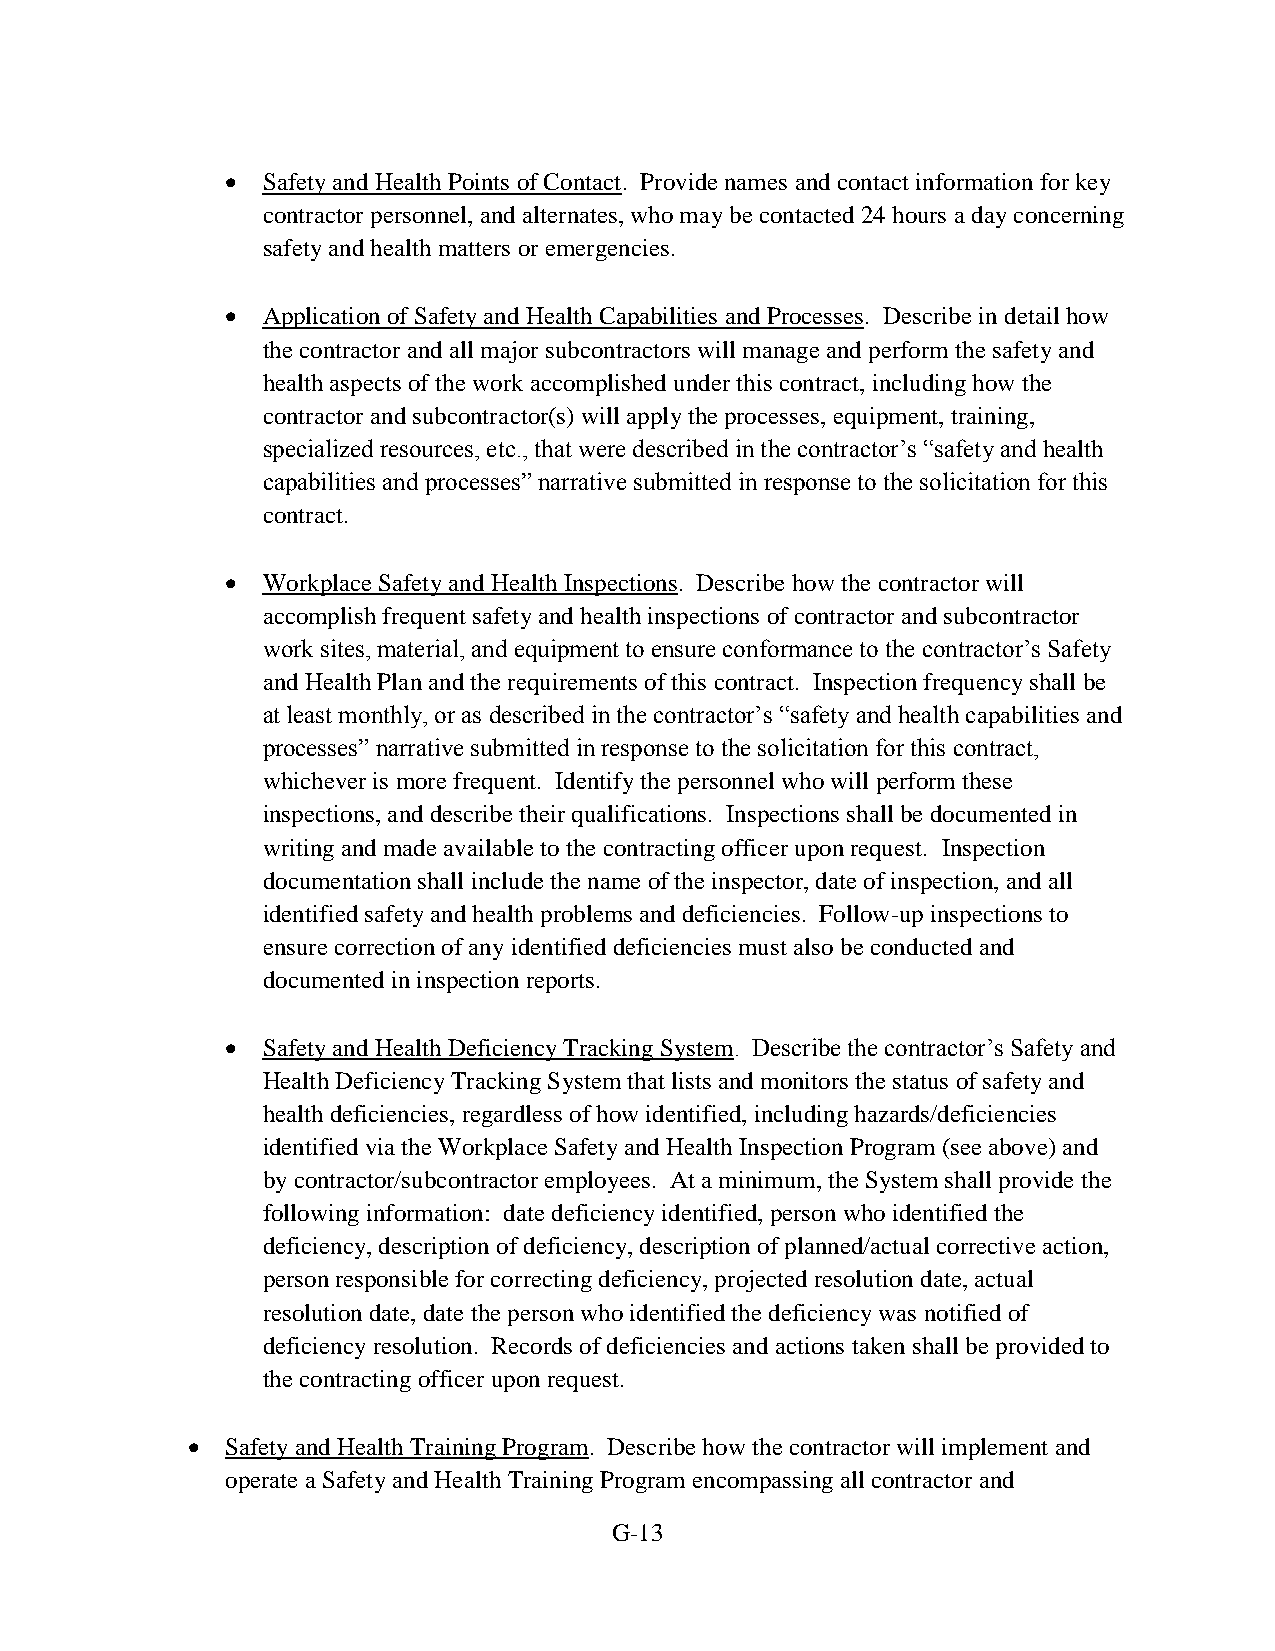
 Safety and Health Points of Contact. Provide names and contact information for key
 contractor personnel, and alternates, who may be contacted 24 hours a day concerning
 safety and health matters or emergencies.
  Application of Safety and Health Capabilities and Processes. Describe in detail how
 the contractor and all major subcontractors will manage and perform the safety and
 health aspects of the work accomplished under this contract, including how the
 contractor and subcontractor(s) will apply the processes, equipment, training,
 specialized resources, etc., that were described in the contractor’s “safety and health
 capabilities and processes” narrative submitted in response to the solicitation for this
 contract.
  Workplace Safety and Health Inspections. Describe how the contractor will
 accomplish frequent safety and health inspections of contractor and subcontractor
 work sites, material, and equipment to ensure conformance to the contractor’s Safety
 and Health Plan and the requirements of this contract. Inspection frequency shall be
 at least monthly, or as described in the contractor’s “safety and health capabilities and
 processes” narrative submitted in response to the solicitation for this contract,
 whichever is more frequent. Identify the personnel who will perform these
 inspections, and describe their qualifications. Inspections shall be documented in
 writing and made available to the contracting officer upon request. Inspection
 documentation shall include the name of the inspector, date of inspection, and all
 identified safety and health problems and deficiencies. Follow-up inspections to
 ensure correction of any identified deficiencies must also be conducted and
 documented in inspection reports.
  Safety and Health Deficiency Tracking System. Describe the contractor’s Safety and
 Health Deficiency Tracking System that lists and monitors the status of safety and
 health deficiencies, regardless of how identified, including hazards/deficiencies
 identified via the Workplace Safety and Health Inspection Program (see above) and
 by contractor/subcontractor employees. At a minimum, the System shall provide the
 following information: date deficiency identified, person who identified the
 deficiency, description of deficiency, description of planned/actual corrective action,
 person responsible for correcting deficiency, projected resolution date, actual
 resolution date, date the person who identified the deficiency was notified of
 deficiency resolution. Records of deficiencies and actions taken shall be provided to
 the contracting officer upon request.
   Safety and Health Training Program. Describe how the contractor will implement and
 operate a Safety and Health Training Program encompassing all contractor and
 G-13